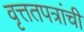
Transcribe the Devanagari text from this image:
वृत्ततपत्रांची